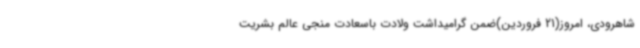
‌شاهرودی، امروز(21 فروردین)ضمن گرامیداشت ولادت باسعادت منجی عالم بشریت